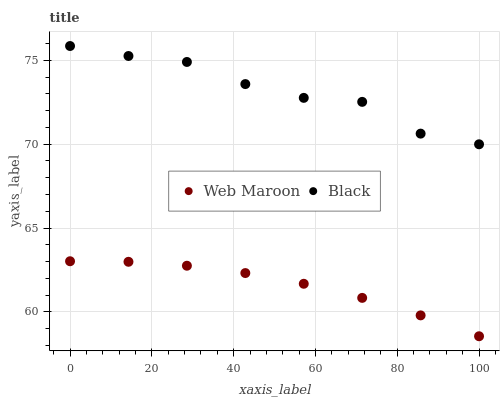
| xaxis_label | Web Maroon | Black |
 | --- | --- | --- |
 | 0 | 63 | 75.9 |
 | 14.3 | 63 | 75.3 |
 | 28.6 | 62.8 | 74.9 |
 | 42.9 | 62.3 | 73.6 |
 | 57.1 | 61.7 | 72.8 |
 | 71.4 | 60.8 | 72.5 |
 | 85.7 | 59.8 | 70.6 |
 | 100 | 58.6 | 70 |